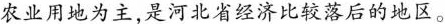
农业用地为主，是河北省经济比较落后的地区。